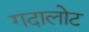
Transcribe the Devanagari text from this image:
गदालोट